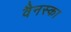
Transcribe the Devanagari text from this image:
वैनस्का